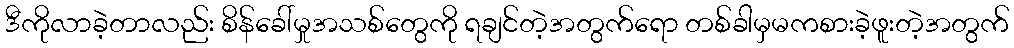
ဒီကိုလာခဲ့တာလည်း စိန်ခေါ်မှုအသစ်တွေကို ရချင်တဲ့အတွက်ရော တစ်ခါမှမကစားခဲ့ဖူးတဲ့အတွက်